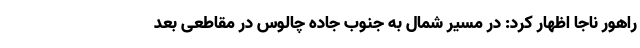
راهور ناجا اظهار کرد: در مسیر شمال به جنوب جاده چالوس در مقاطعی بعد